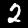
Label: 2